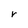
Character: r